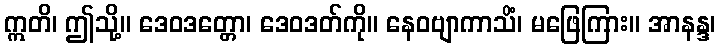
ဣတိ၊ ဤသို့။ ဒေဝဒတ္တော၊ ဒေဝဒတ်ကို။ နေဝဗျာကာသိံ၊ မဖြေကြား။ အာနန္ဒ၊